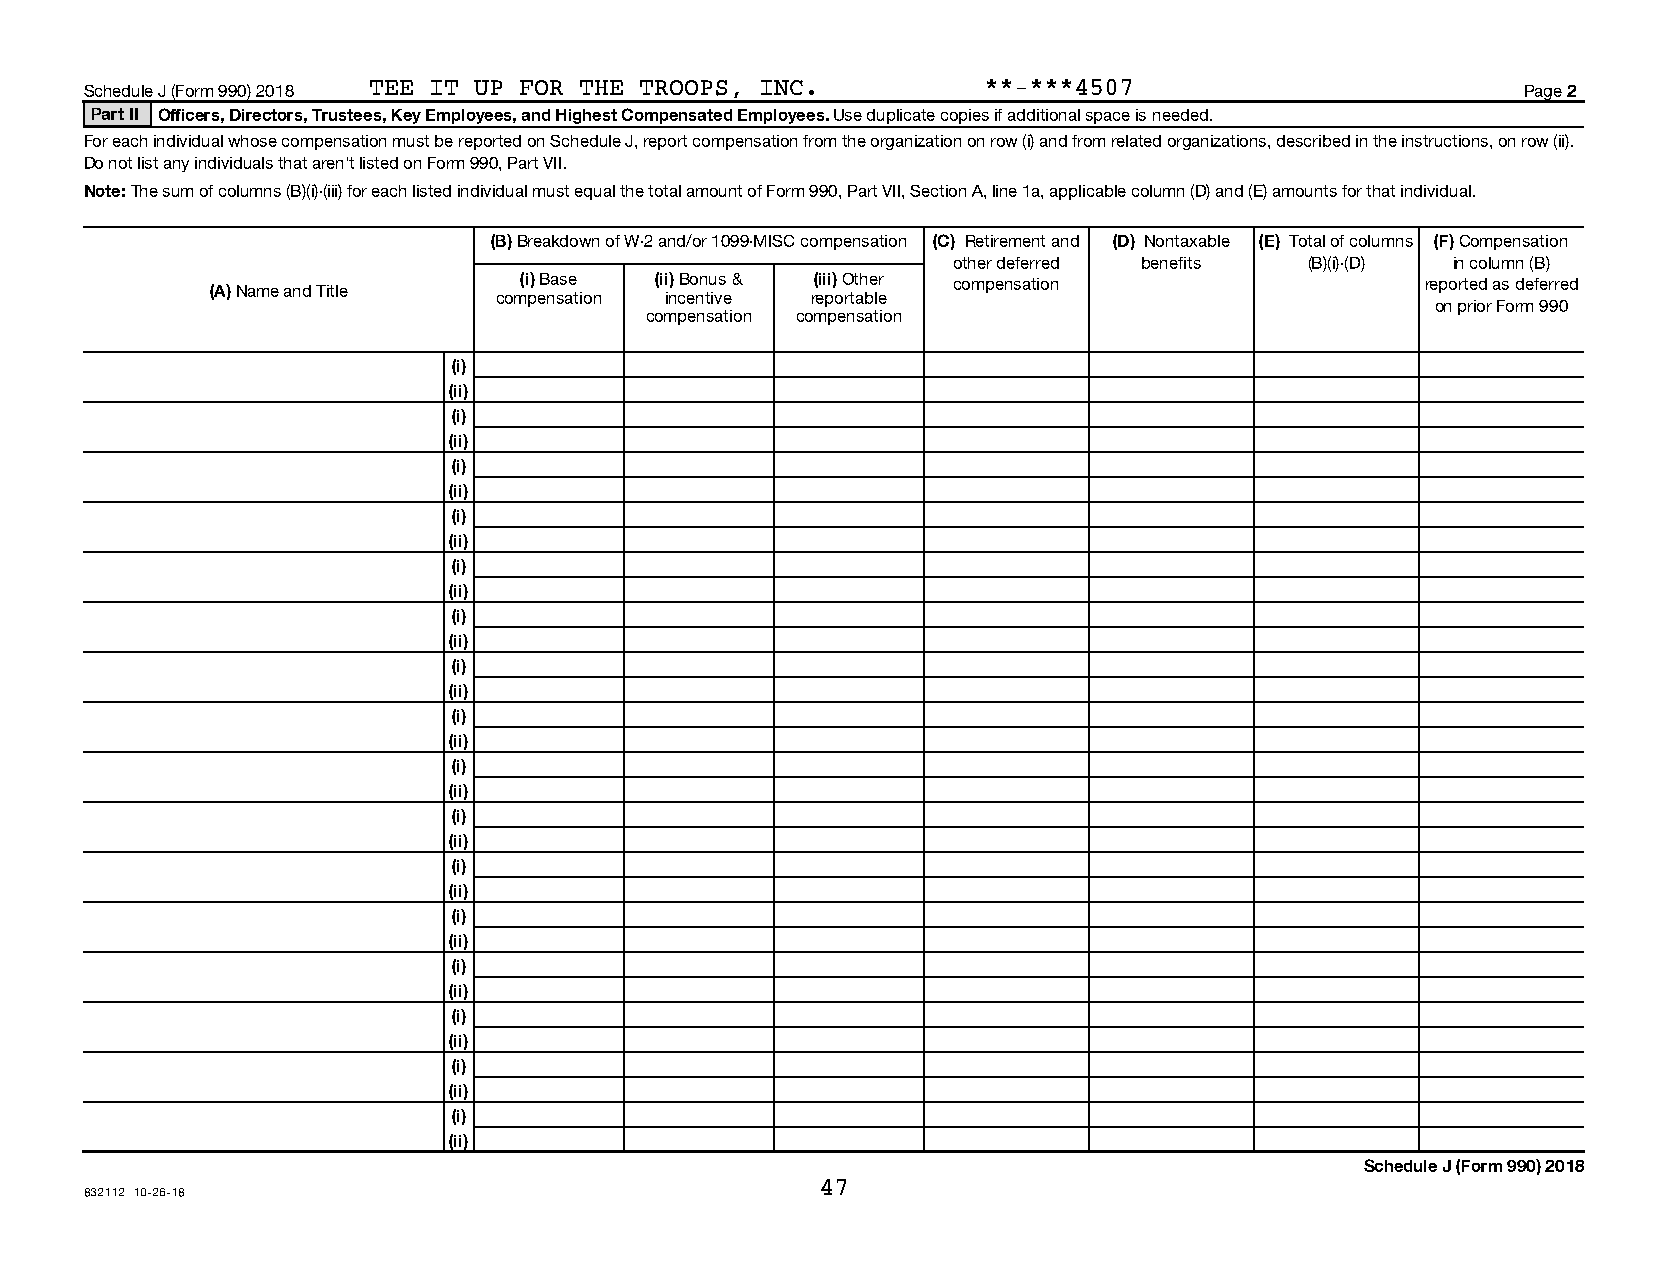
Schedule J (Form 990) 2018 TEE IT UP FOR THE TROOPS, INC.  **-***4507                          Page 2
 Part II Officers, Directors, Trustees, Key Employees, and Highest Compensated Employees. Use duplicate copies if additional space is needed.
 For each individual whose compensation must be reported on Schedule J, report compensation from the organization on row (i) and from related organizations, described in the instructions, on row (ii).
 Do not list any individuals that aren’t listed on Form 990, Part VII.
 Note: The sum of columns (B)(i)-(iii) for each listed individual must equal the total amount of Form 990, Part VII, Section A, line 1a, applicable column (D) and (E) amounts for that individual.
 (B) Breakdown of W-2 and/or 1099-MISC compensation (C) Retirement and (D) Nontaxable (E) Total of columns (F) Compensation
 other deferred benefits (B)(i)-(D) in column (B)
 (i) Base (ii) Bonus & (iii) Other compensation              reported as deferred
 (A) Name and Title
 compensation incentive reportable
 on prior Form 990
 compensation compensation
 (i)
 (ii)
 (i)
 (ii)
 (i)
 (ii)
 (i)
 (ii)
 (i)
 (ii)
 (i)
 (ii)
 (i)
 (ii)
 (i)
 (ii)
 (i)
 (ii)
 (i)
 (ii)
 (i)
 (ii)
 (i)
 (ii)
 (i)
 (ii)
 (i)
 (ii)
 (i)
 (ii)
 (i)
 (ii)
 Schedule J (Form 990) 2018
 47
 832112 10-26-18
 09301115 758773 80010        2018.05010 TEE IT UP FOR THE TROOPS, I 80010__1